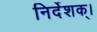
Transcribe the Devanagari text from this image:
निर्देशक्।